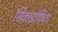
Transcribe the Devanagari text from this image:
सिकाडोफिटा